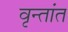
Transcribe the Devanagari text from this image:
वृन्तांत